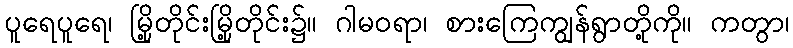
ပူရေပူရေ၊ မြို့တိုင်းမြို့တိုင်း၌။ ဂါမဝရာ၊ စားကြေကျွန်ရွာတို့ကို။ ကတွာ၊